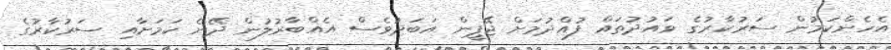
އެހެންކަމުން ސަރުކާރުގެ ވައުދުތައް ފުއްދުމަށް ޖޭޕީން އަބަދުވެސް އެއްބާރުލުން ދޭނެ ކަަމަށާއި ސަރުކާރުގެ